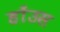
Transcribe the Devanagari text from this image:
होंउस